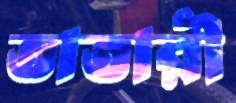
তাতারী